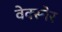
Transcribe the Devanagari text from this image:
वेक्स्नेर